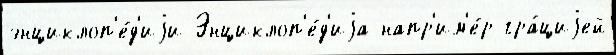
энциклоп'е́д'иjи Энциклоп'е́д'иjа напр'им'е́р гра́циjей